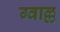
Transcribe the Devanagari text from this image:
ग्वाल्ल